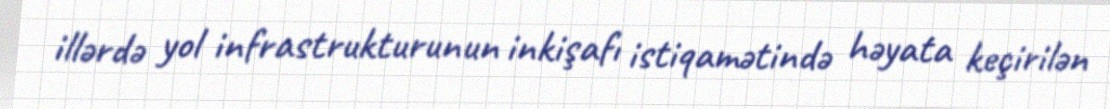
illərdə yol infrastrukturunun inkişafı istiqamətində həyata keçirilən